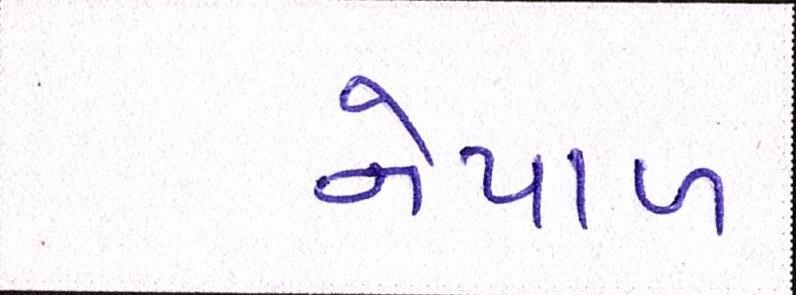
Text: નેપાળ